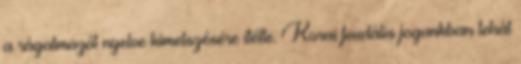
a rágalmazót nyelve kimetszésére ítélte. Korai feudális jogunkban tehát